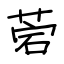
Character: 菪